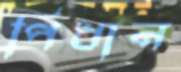
পিধান